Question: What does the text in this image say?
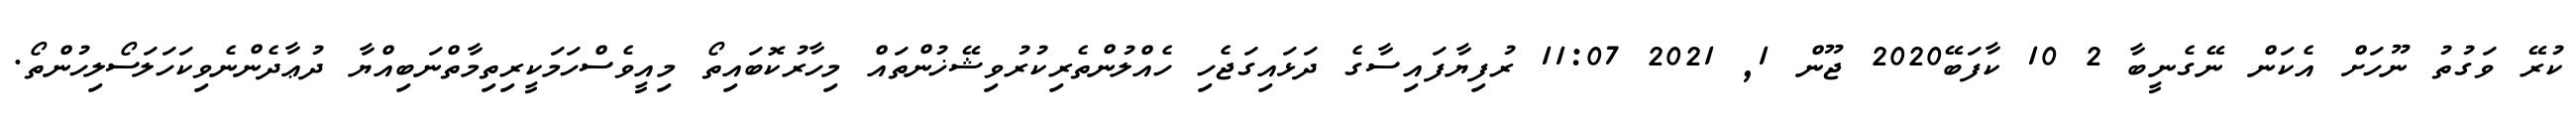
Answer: ކުރޭ ވަގުތު ނޫހަށް އެކަން ނޭގެނީބާ 2 10 ކާފަބޭ2020 ޖޫން 1, 2021 11:07 ރުފިޔާފައިސާގެ ދަޅައިގަޖެހި ހެއްލުންތެރިކުރުވިޝޭޚުންތައް މިހާރުކޮބައިތޯ މިއީވެސްހަމަކީރިތިމާތްނަބިއްޔާ ދުޢާދެންނެވިކަހަލަސޯލިހުންތޯ.